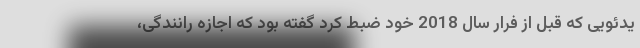
یدئویی که قبل از فرار سال 2018 خود ضبط کرد گفته بود که اجازه رانندگی،